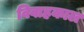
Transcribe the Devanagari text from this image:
विवाहकाल